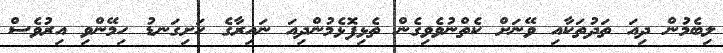
ލިބެމުން ދިއަ ތަދުތަކާއި ވޭނަށް ކެތްނުވެވިގެން ތެޅިފޮޅެމުންދިއަ ނައިރާގެ ހަށިގަނޑު ހިމޭންވި އިރުވެސް